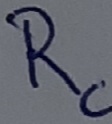
Text: Rc